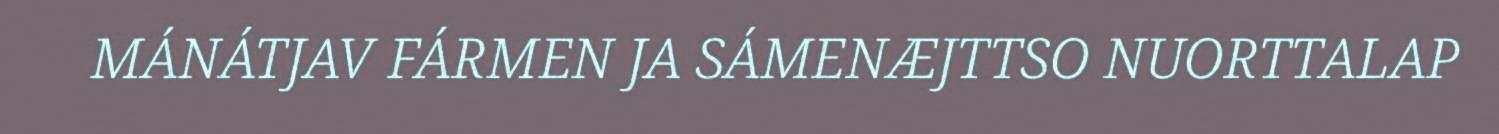
MÁNÁTJAV FÁRMEN JA SÁMENÆJTTSO NUORTTALAP